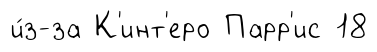
и́з-за К'инт'еро Парр'ис 18